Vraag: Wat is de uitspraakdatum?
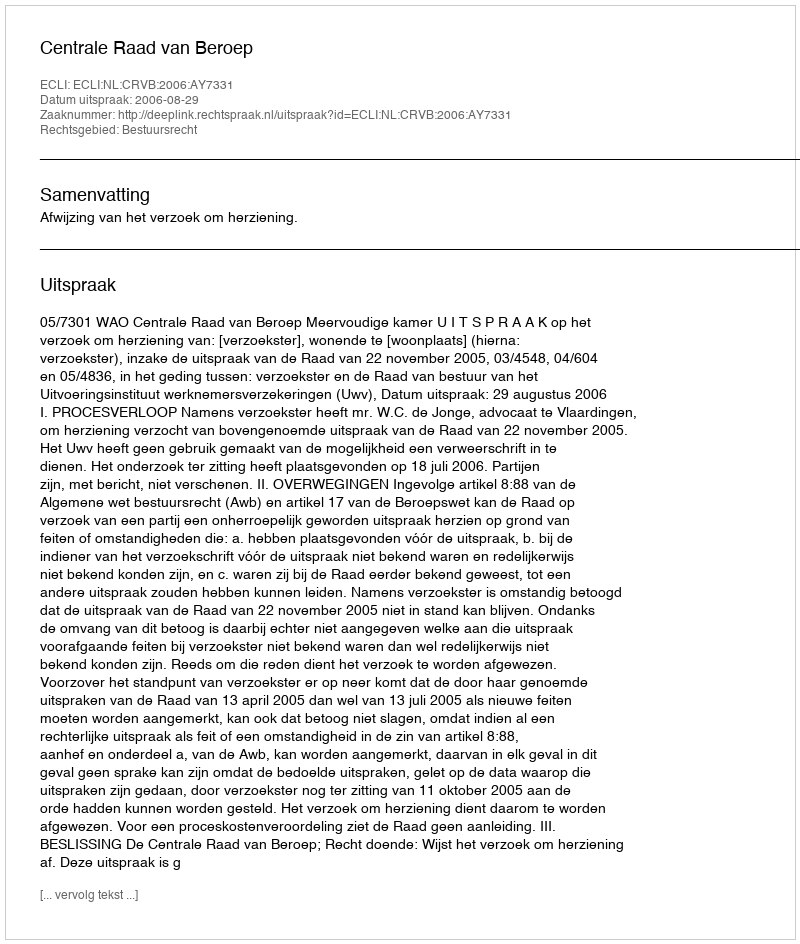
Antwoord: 2006-08-29